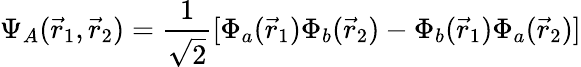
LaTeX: \Psi_{A}({\vec{r}}_{1},{\vec{r}}_{2})={\frac{1}{\sqrt{2}}}[\Phi_{a}({\vec{r}}_{1})\Phi_{b}({\vec{r}}_{2})-\Phi_{b}({\vec{r}}_{1})\Phi_{a}({\vec{r}}_{2})]